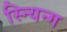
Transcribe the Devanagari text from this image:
स्न्यिन्ग